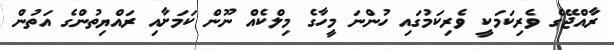
ރާއްޖޭގެ ވެރިކަމަކީ ވެރިކަމުގައި ހުންނަ މީހާގެ މިލްކެއް ނޫން ކަމަށާއި ރައްޔިތުންގެ އަތުން